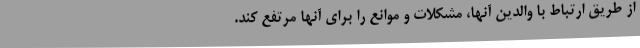
از طریق ارتباط با والدین آنها، مشکلات و موانع را برای آنها مرتفع کند.